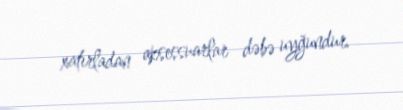
xatırladan aksessuarlar dəbə uyğundur.